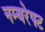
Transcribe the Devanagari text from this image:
नम्बरेफ्ट